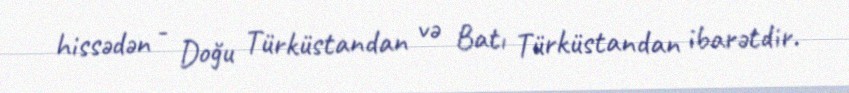
hissədən - Doğu Türküstandan və Batı Türküstandan ibarətdir.